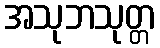
အသုဘသုတ္တ